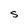
Character: S